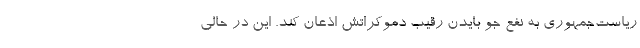
ریاست‌جمهوری به نفع جو بایدن رقیب دموکراتش اذعان کند. این در حالی